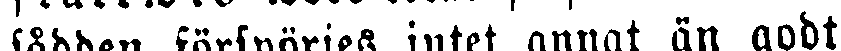
sådden förspörjes intet annat än godt